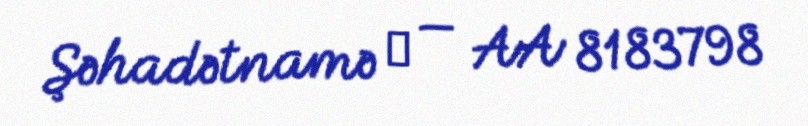
Şəhadətnamə № — AA 8183798